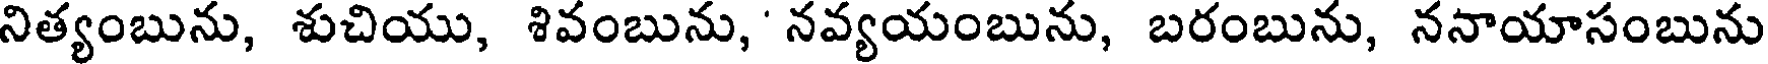
నిత్యంబును, శుచియు, శివంబును, ' నవ్యయంబును, బరంబును, ననాయాసంబును